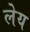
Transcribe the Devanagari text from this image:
लेय